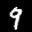
Label: 9